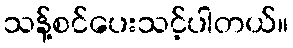
သန့်စင်ပေးသင့်ပါတယ်။